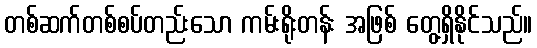
တစ်ဆက်တစ်စပ်တည်းသော ကမ်းရိုးတန်း အဖြစ် တွေ့ရှိနိုင်သည်။